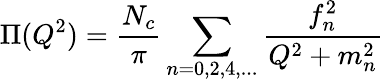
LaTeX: \Pi(Q^{2})=\frac{N_{c}}{\pi}\sum_{n=0,2,4,...}\frac{f_{n}^{2}}{Q^{2}+m_{n}^{2}}